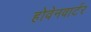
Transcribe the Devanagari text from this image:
होवेनवार्टर